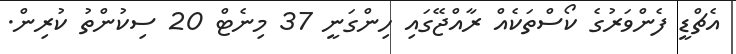
އެޗްޑީ ފެންވަރުގެ ކޯސްތަކެއް ރާއްޖޭގައި ހިންގަނީ 37 މިނެޓް 20 ސިކުންތު ކުރިން.